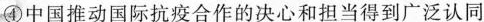
④中国推动国际抗疫合作的决心和担当得到广泛认同